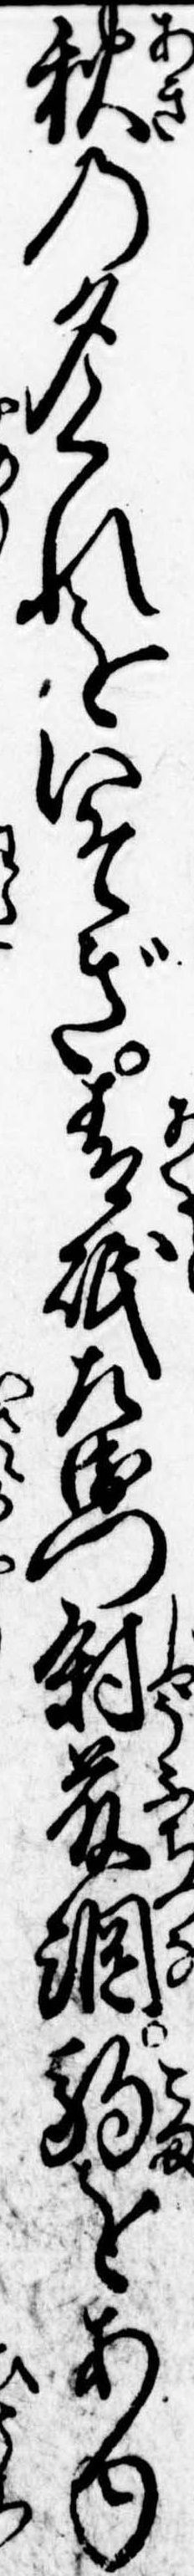
秋の夕くれをいそぎ青砥左衛門尉藤綱駒をあゆ